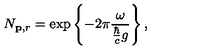
N _ { { \bf p } , r } = \exp \left\{ - 2 \pi \frac { \omega } { \frac { \hbar } { c } g } \right\} ,